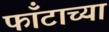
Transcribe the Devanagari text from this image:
फाँटाच्या